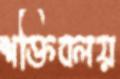
শক্তিবলয়